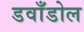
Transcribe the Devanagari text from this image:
डवाँडोल